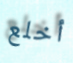
أخلع